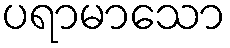
ပရာမာသော